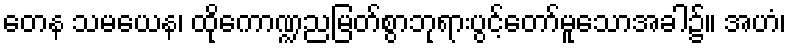
တေန သမယေန၊ ထိုကောဏ္ဍညမြတ်စွာဘုရားပွင့်တော်မူသောအခါ၌။ အဟံ၊